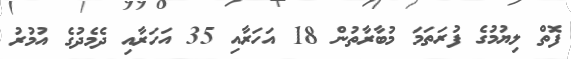
ފޮތް ލިޔުމުގެ ފުރަތަމަ މުބާރާތުން 18 އަހަރާއި 35 އަހަރާއި ދެމެދުގެ އުމުރު